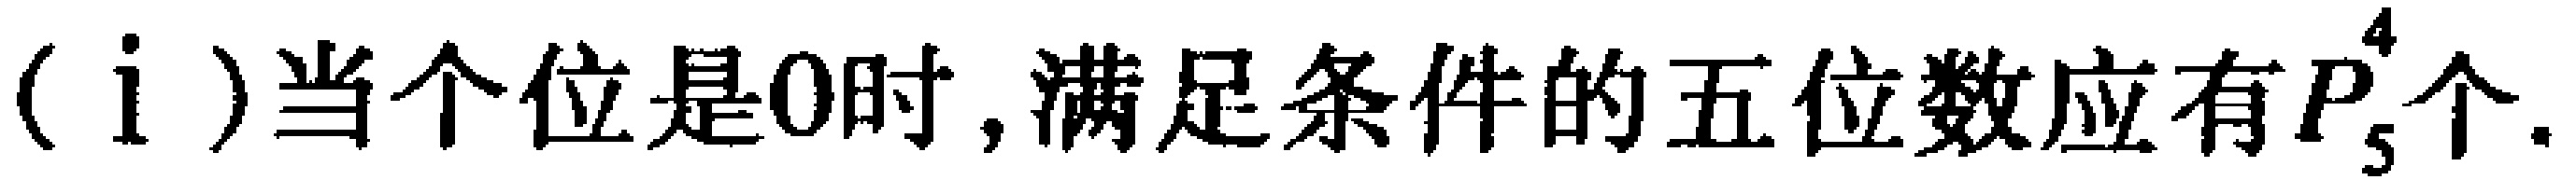
(i)当个位是0时,满足条件的五位数应有$P_{5}^{4}$个.